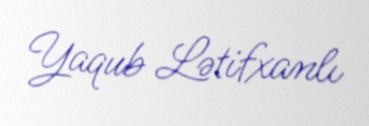
Yaqub Lətifxanlı